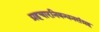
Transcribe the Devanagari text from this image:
ग्रहचारनिबन्धनसंग्रह